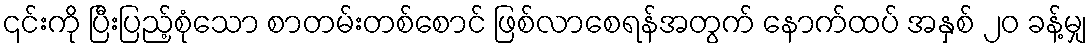
၎င်းကို ပြီးပြည့်စုံသော စာတမ်းတစ်စောင် ဖြစ်လာစေရန်အတွက် နောက်ထပ် အနှစ် ၂၀ ခန့်မျှ